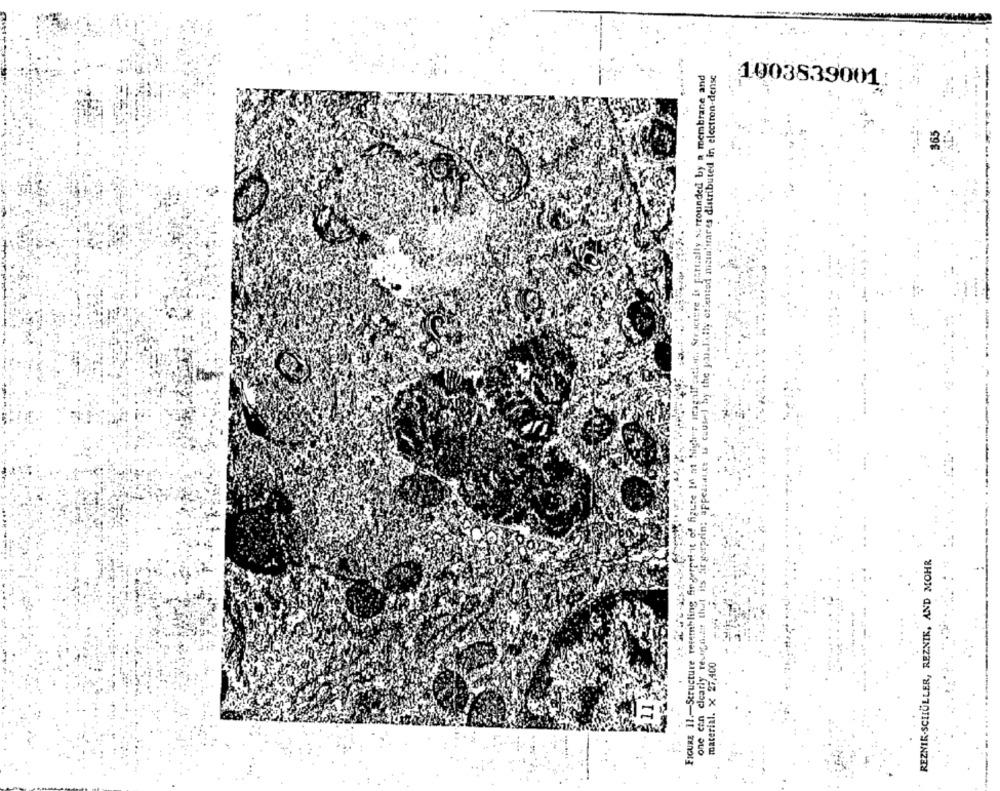
FIGURE 11 .- Structure resembling fingerprint of figure 10 at higher magalf :atler, Structure is partially surrounded by a membrane and
one can clearly rechta.at that its fingerprint appearance is caused by the painlily oriented mein'srares distributed in electron-dense
1003839001
REZNIK-SCHULLER, REZNIK, AND MOHR
material. x 27,400
11:
..